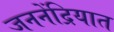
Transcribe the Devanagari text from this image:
जननेंद्रियात